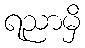
ရညာမှိ